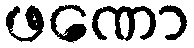
ဖဏော